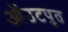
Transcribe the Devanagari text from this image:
ऑउटपुत